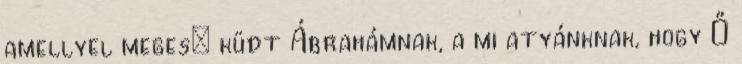
amellyel meges− küdt Ábrahámnak, a mi atyánknak, hogy Ő